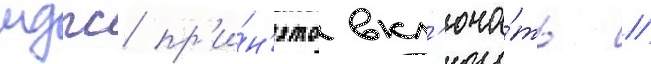
мдпс пр'и́н'ято вкл'юча́ть //